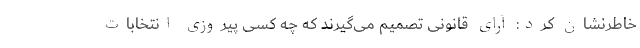
خاطرنشان کرد: آرای قانونی تصمیم می‌گیرند که چه کسی پیروزی انتخابات